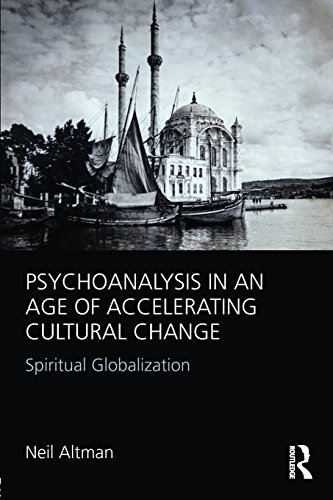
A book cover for Psychoanalysis in an Age of Accelerating Cultural Change: Spiritual Globalization; Neil Altman; Medical Books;